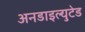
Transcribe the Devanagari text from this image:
अनडाइल्युटेड